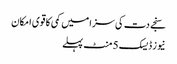
سنجے دت کی سزا میں کمی کا قوی امکان
نیوز ڈیسک 5 منٹ پہلے